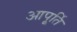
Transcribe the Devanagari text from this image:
आपू्र्ति